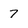
Character: 7